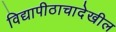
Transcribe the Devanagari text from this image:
विद्यापीठाचादेखील